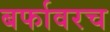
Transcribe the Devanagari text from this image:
बर्फावरच